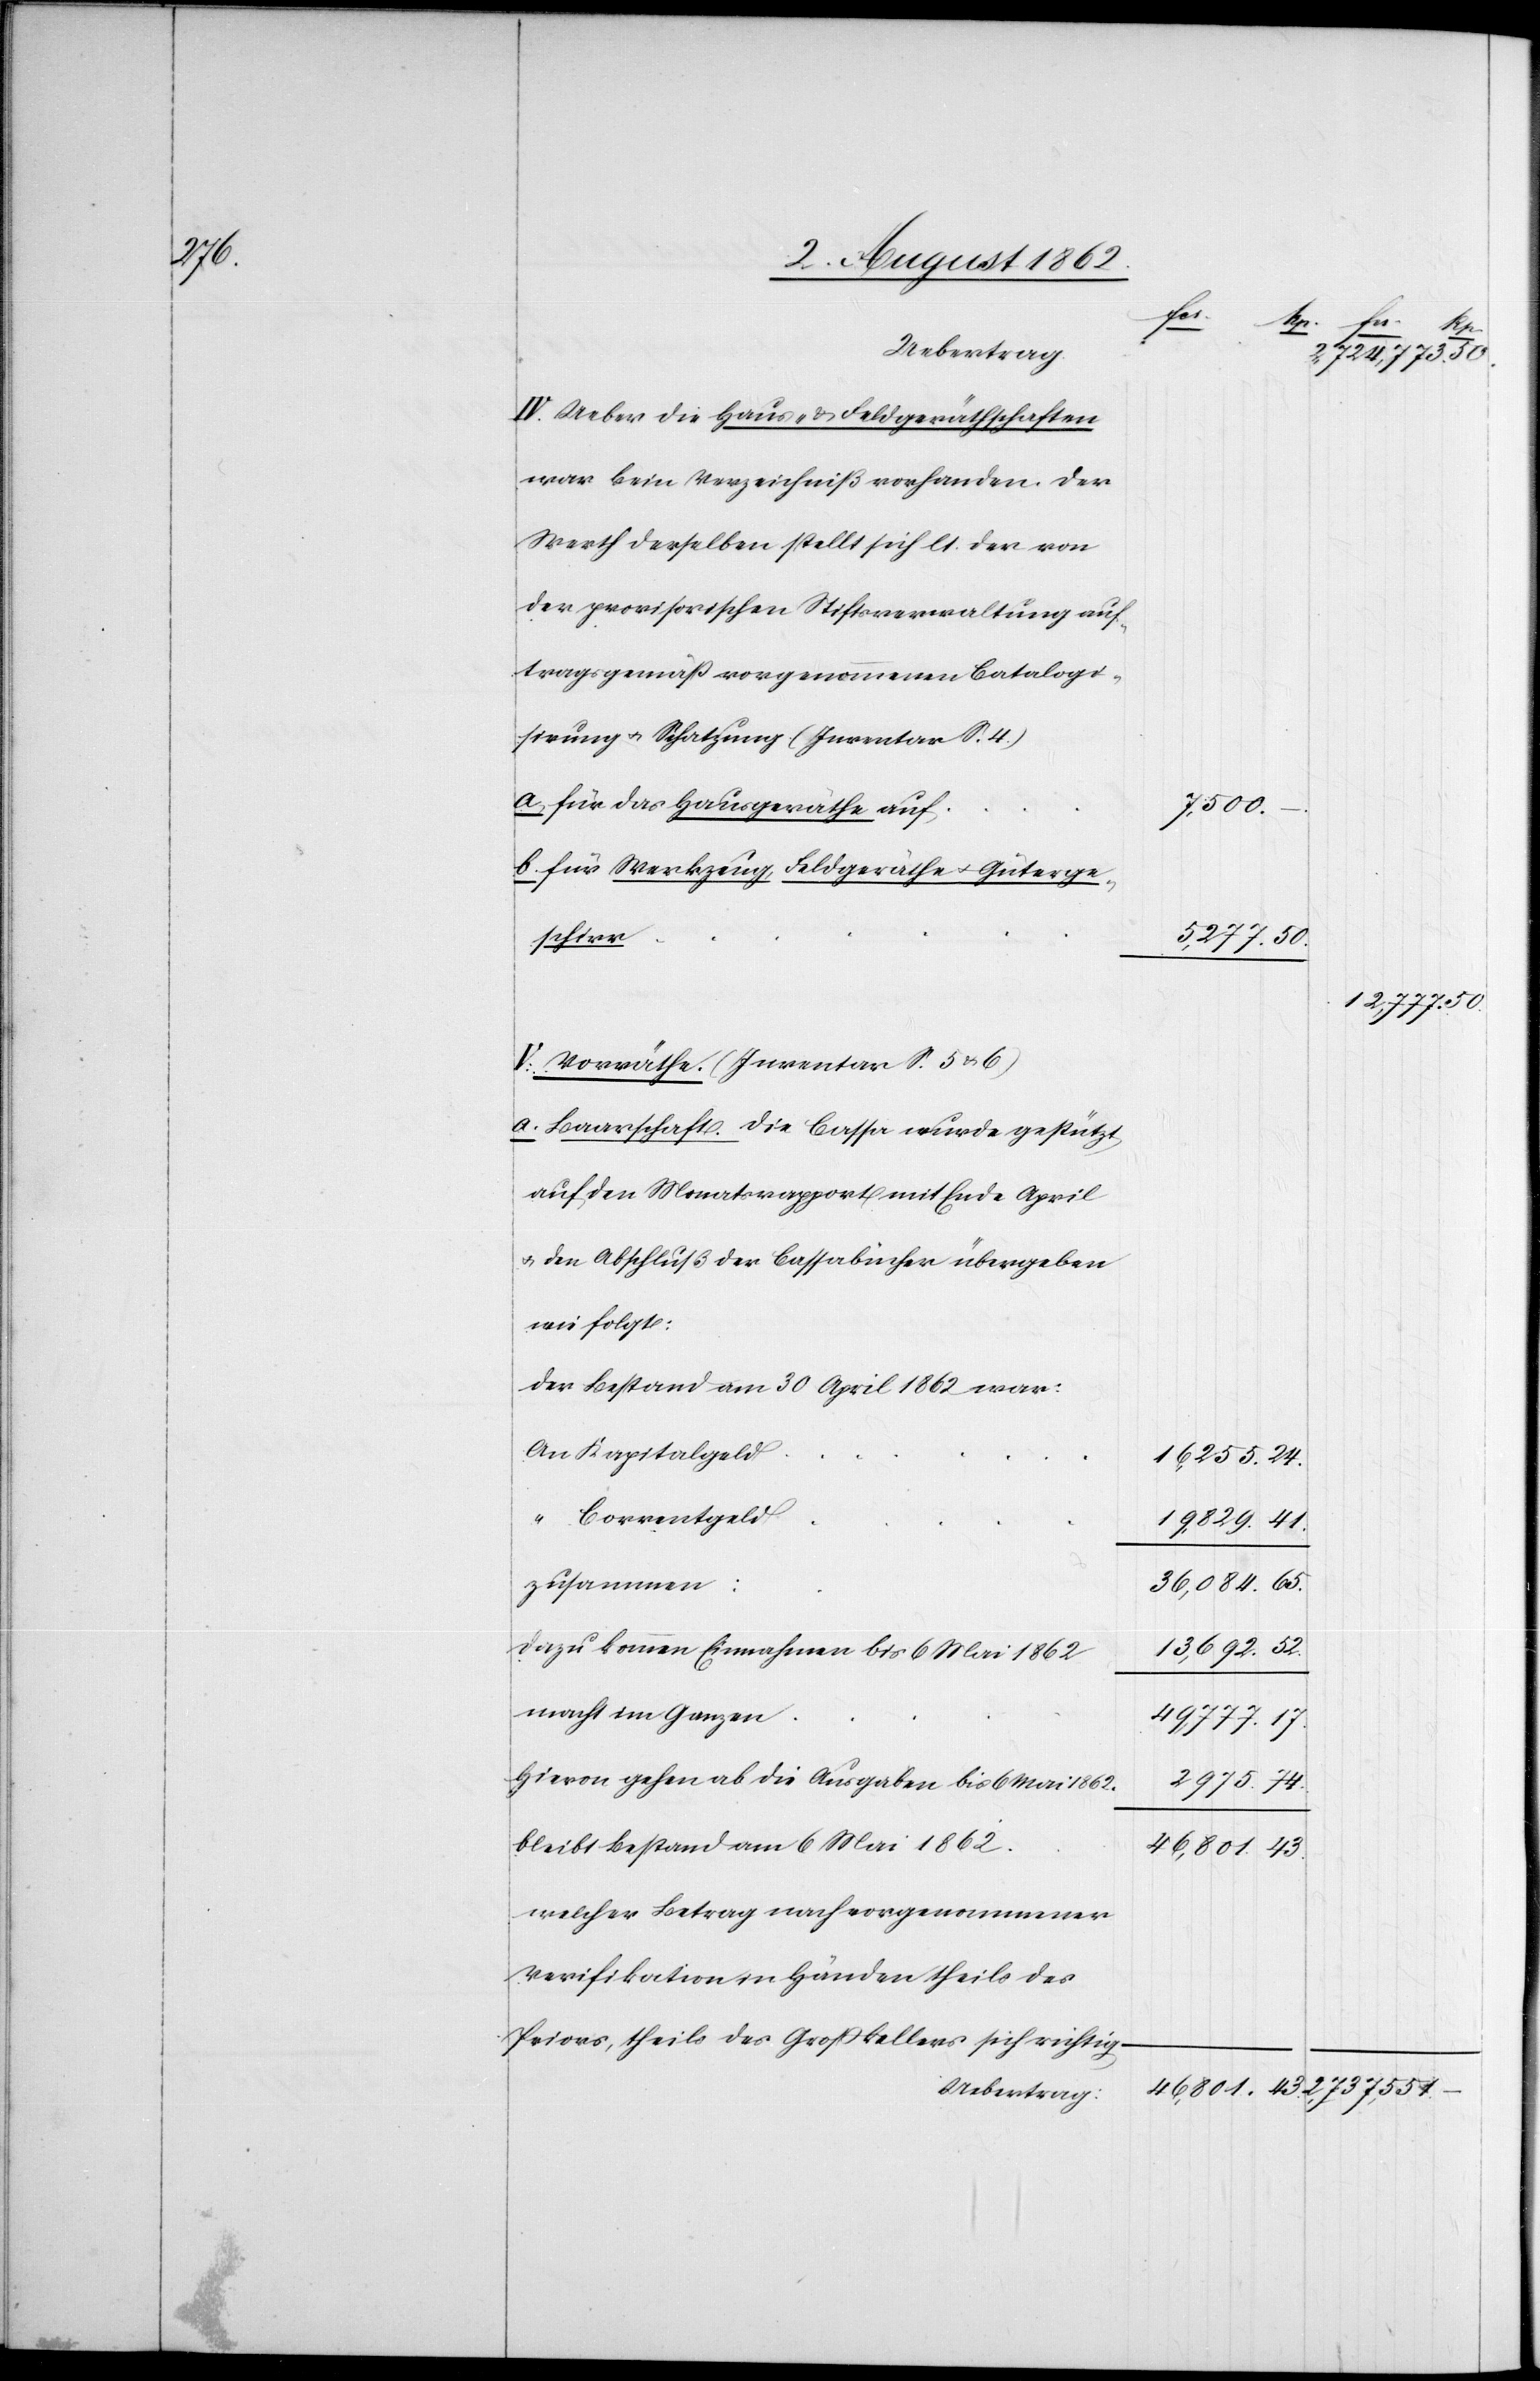
IV. Ueber die Haus- u. Feldgeräthschaften
war kein Verzeichniß vorhanden. Der
Werth derselben stellt sich lt. der von
der provisorischen Stiftsverwaltung auf¬
tragsgemäß vorgenommenen Catalogi¬
sirung u. Schatzung (Inventar S. 4)
a. für das Hausgeräthe auf
b. für Werkzeug, Feldgeräthe u. Güterge¬
schirr
V. Vorräthe. (Inventar S. 5 u. 6)
a. Baarschaft. Die Cassa wurde gestützt
auf den Monatsrapport mit Ende April
u. den Abschluß der Cassabücher übergeben
wie folgt:
Der Bestand am 30. April 1862 war:
An Kapitalgeld
“ Correntgeld
zusammen:
Dazu kommen Einnahmen bis 6. Mai 1862
macht im Ganzen
Hievon gehen ab die Ausgaben bis 6. Mai 1862.
bleibt Bestand am 6. Mai 1862.
welcher Betrag nach vorgenommener
Verifikation in Händen theils des
Priors, theils des Großkellers sich richtig

13,692.
52.
50.
19,829.
41.
65.
36,084.
49,777.
2975.
74.
46,801.
43.

12,777.